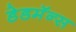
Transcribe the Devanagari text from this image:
डेडमॅन्स